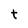
Character: t